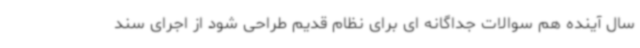
سال آینده هم سوالات جداگانه ای برای نظام قدیم طراحی شود از اجرای سند